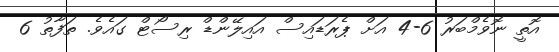
އޮތީ ނޮވެމްބަރު 6-4 އަށް ޕެރަޑައިސް އައިލޭންޑް ރިސޯޓް ގައެވެ. ތަފާތު 6